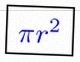
\pi r^2